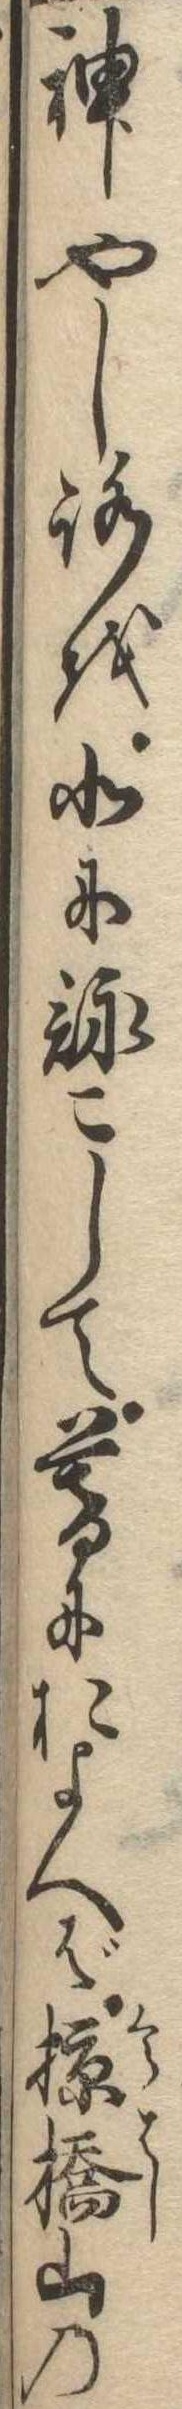
神やしろを北に詠こして暮におよべば椋橋山の